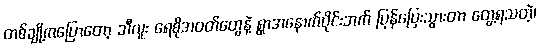
တစ်ချို့ကပြောတော့ ဘီလူး ရေစိုအဝတ်တွေနဲ့ ရွာအနောက်ပိုင်းဘက် ပြန်ပြေးသွားတာ တွေ့ရသတဲ့၊